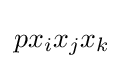
px_{i}x_{j}x_{k}